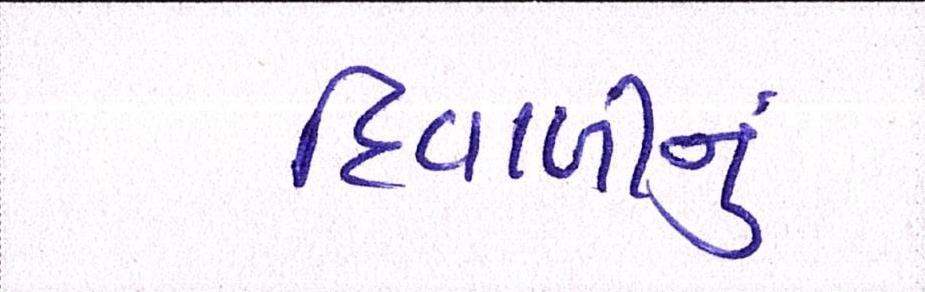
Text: દિવાળીનું